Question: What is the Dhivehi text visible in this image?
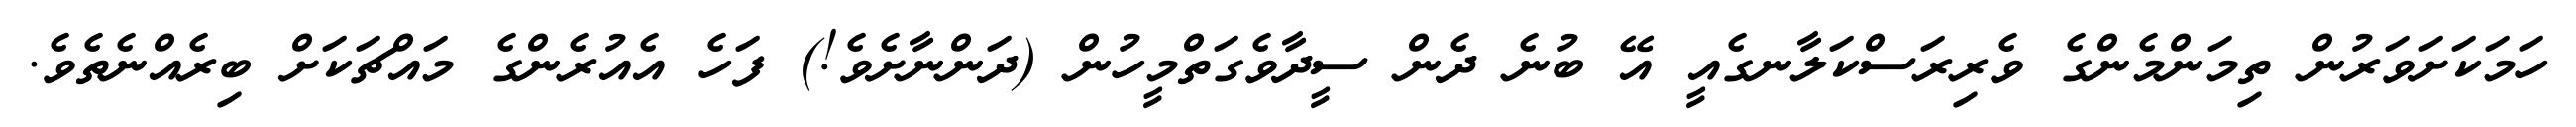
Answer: ހަމަކަށަވަރުން ތިމަންމެންގެ ވެރިރަސްކަލާނގެއީ އޭ ބުނެ ދެން ސީދާވެގަތްމީހުން (ދަންނާށެވެ!) ފަހެ އެއުރެންގެ މައްޗަކަށް ބިރެއްނެތެވެ.